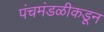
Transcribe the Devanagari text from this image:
पंचमंडळीकडून